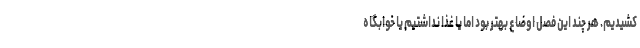
کشیدیم. هر چند این فصل اوضاع بهتر بود اما یا غذا نداشتیم یا خوابگاه